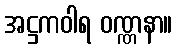
အဋ္ဌကဝါရ ဝဏ္ဏနာ။